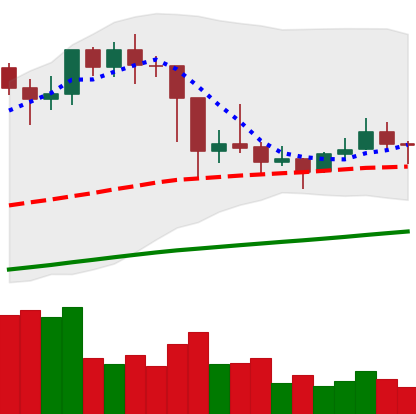
Ticker: LTC-USD
Chart end date: 2021-03-05
Forward return: 10.926%
Label: up_7plus